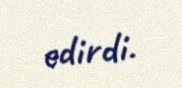
edirdi.